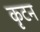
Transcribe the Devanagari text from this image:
कृटन